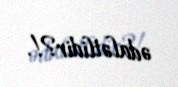
ədalətlidir?!.